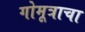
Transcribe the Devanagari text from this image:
गोमूत्राचा